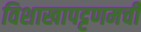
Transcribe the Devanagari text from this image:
विशाखापट्टणमची